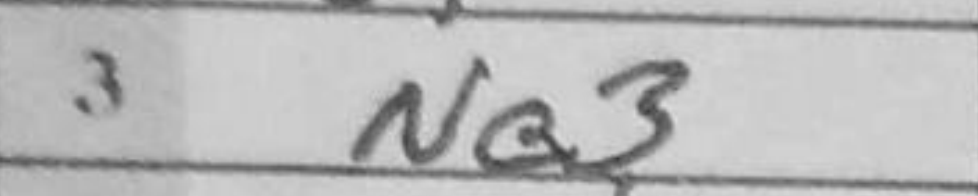
Transcription: Na3